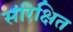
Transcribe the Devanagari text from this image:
संरिक्षित